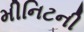
મીનિટની